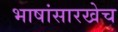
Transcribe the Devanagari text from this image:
भाषांसारखेच